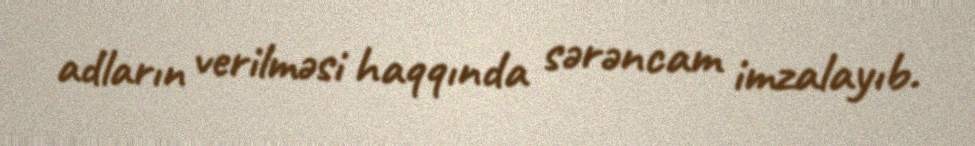
adların verilməsi haqqında sərəncam imzalayıb.